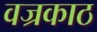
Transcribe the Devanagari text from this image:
वज्रकाठ